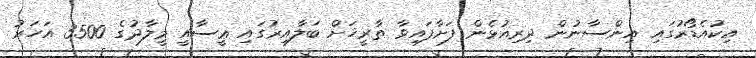
އިކުއެޑޯރުގައި އިންސާނުން ދިރިއުޅެން ފަށާފައިވާ ތާރީޚަށް ބަލާއިރުގައި ޢީސާއީ މީލާދުގެ 3500 އަހަރު